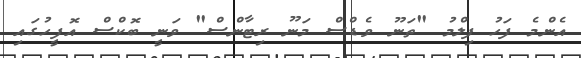
އެންމެ ފަހު ފިލްމު "ތަނޫ ވެޑްސް މަނޫ ރިޓާންސް" ވަނީ ބޮކްސް އޮފީހުގައި